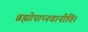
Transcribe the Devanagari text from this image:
ब्रह्मोपाप्नवानीति।